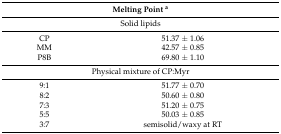
| <COLSPAN=2> Melting Point a |
 | --- | --- |
 | <COLSPAN=2> Solid lipids |
 | CP | 51.37 ± 1.06 |
 | MM | 42.57 ± 0.85 |
 | P8B | 69.80 ± 1.10 |
 | <COLSPAN=2> Physical mixture of CP:Myr |
 | 9:1 | 51.77 ± 0.70 |
 | 8:2 | 50.60 ± 0.80 |
 | 7:3 | 51.20 ± 0.75 |
 | 5:5 | 50.03 ± 0.85 |
 | 3:7 | semisolid/waxy at RT |